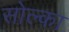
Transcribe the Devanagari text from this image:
सोल्का